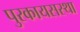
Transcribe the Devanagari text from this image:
पुरकायसस्था